Report of the Bombay Plague Committee
Disease focus: Plague
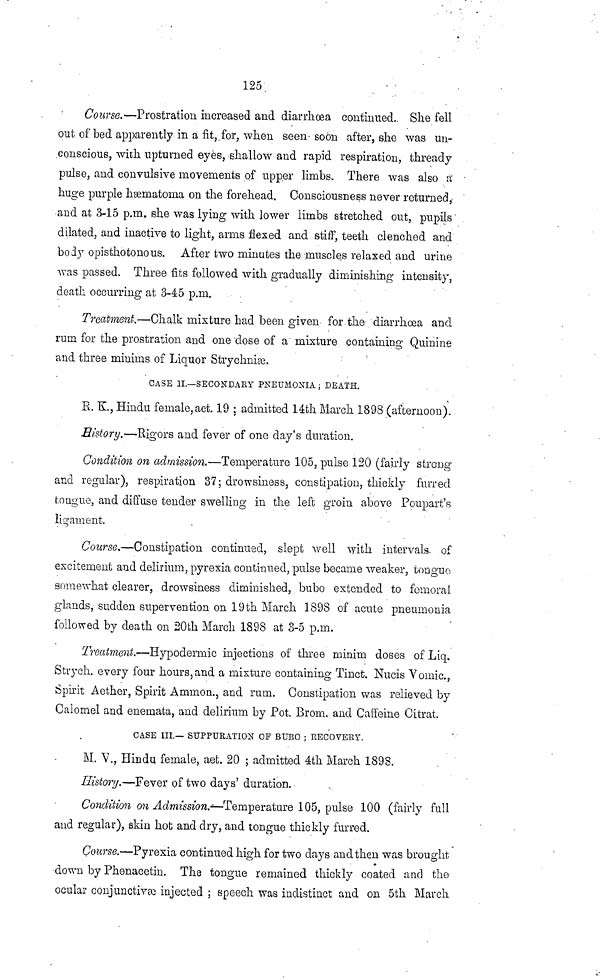
125
Course.—Prostration increased and diarrhœa continued. She fell
out of bed apparently in a fit, for, when seen soon after, she was un-
conscious, with upturned eyes, shallow and rapid respiration, thready
pulse, and convulsive movements of upper limbs. There was also à
huge purple hæmatoma on the forehead. Consciousness never returned,
and at 3-15 p.m. she was lying with lower limbs stretched out, pupils '
dilated, and inactive to light, arms flexed and stiff, teeth clenched and
body opisthotonous. After two minutes the muscles relaxed and urine
was passed. Three fits followed with gradually diminishing intensity,
death occurring at 3-45 p.m.
Treatment.—Chalk mixture had been given for the diarrhœa and
rum for the prostration and one dose of a mixture containing Quinine
and three minims of Liquor Strychniæ.
CASE II.—SECONDRY PNEUMONIA ; DEATH.
E. K., Hindu female,aet. 19 ; admitted 14th March 1898 (afternoon).
History.—Rigors and fever of one day's duration.
Condition on admission.—Temperature 105, pulse 120 (fairly strong
and regalar), respiration 37; drowsiness, constipation, thickly furred
to ague, and diffuse tender swelling in the left groin above Poupart's
ligament.
Course.—Constipation continued, slept well with intervals of
excitement and delirium, pyrexia continued, pulse became weaker, tongue
somewhat clearer, drowsiness diminished, bubo extended to femoral
glands, sudden supervention on 19th March 1898 of acute pneumonia
followed by death on 20th March 1898 at 3-5 p.m.
Treatment.—Hypodermic injections of three minim doses of Liq.
Strych. every four hours, and a mixture containing Tinet. Nucis Yomic.,
Spirit Aether, Spirit Ammon., and rum. Constipation was relieved by
Calomel and enemata, and delirium by Pot. Brom. and Caffeine Citrat.
CASE III.— SUPPURATION OF BUBO ; RECOVERY.
M. V., Hindu female, aet. 20 ; admitted 4th March 1898.
History.—Fever of two days' duration.
Condition on Admission.—Temperature 105, pulse 100 (fairly full
and regular), skin hot and dry, and tongue thickly furred.
Course.—Pyrexia continued high for two days and then was brought
down by Phenacetin. The tongue remained thickly coated and the
ocular conjunctive injected ; speech was indistinct and on 5th March